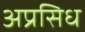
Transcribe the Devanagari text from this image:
अप्रसिध